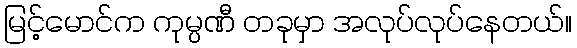
မြင့်မောင်က ကုမ္ပဏီ တခုမှာ အလုပ်လုပ်နေတယ်။